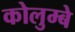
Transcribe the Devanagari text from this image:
कोलुम्बे